Annual report of the Punjab Veterinary College and of the Civil Veterinary Department, Punjab - 1926-1932
Year: 1926
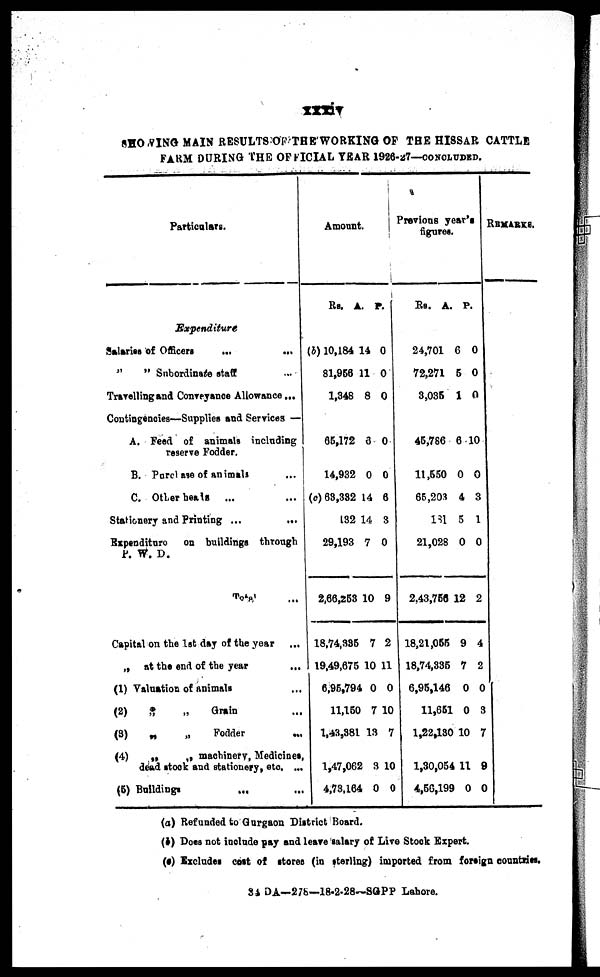
xxxiv
SHOWING MAIN RESULTS OF THE WORKING OP THE HISSAR CATTLE
FARM DURING THE OFFICIAL YEAR 1926-27—CONCLUDED.
Particulars.
Expenditure
Salaries of
Officers
...
...
„ „ Subordinate staff
...
Travelling and Conveyance Allowance ...
Contingencies—Supplies and Services —
A. Feed of animals including
reserve Fodder.
B. Purchase of animals ...
C. Other heads ... ...
Stationery and Printing ...
...
Expenditure
on buildings through
P. W. D. ...
Total ...
Capital on the 1st day of the year ...
„
at the end of the year ...
(1) Valuation of animals ...
(2)
„
„
Grain ...
(3)
„
„
Fodder ...
(4)
„
„ machinery, Medicines,
dead stock and stationery, etc. ...
(5) Buildings ... ...
Amount.
Rs. A
(b) 10,184
81,966
1,348
65,172
14,932
(c) 63,332
132
29,193
2,66,263
18,74,386
19,49,675
6,96,794
11,150
1,43,981
1,47,062
4,73,164
.
14
11
8
6
0
14
14
7
10
7
10
0
7
13
3
0
P.
0
0
0
0
0
6
3
0
9
2
11
0
10
7
10
0
Previous year's
figures.
Rs. A
24,701
72,271
3,035
45,766
11,550
65,203
181
21,028
2,43,766
18,21,065
18,74,335
6,95,146
11,651
1,22,130
1,30,054
4,56,199
.
6
5
1
6
0
4
5
0
12
9
7
0
0
10
11
0
P.
0
0
0
10
0
3
1
0
2
4
2
0
3
7
9
0
REMARKS.
(a) Refunded to Gurgaon District Hoard.
(b) Does not include pay and leave salary of Live Stock Expert.
(c) Excludes cost of stores (in sterling) imported from foreign countries.
84 DA—275—18-2-28—SGPP Lahore.